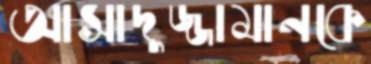
আসাদুজ্জামানকে